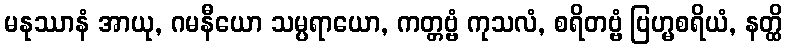
မနုဿာနံ အာယု, ဂမနီယော သမ္ပရာယော, ကတ္တဗ္ဗံ ကုသလံ, စရိတဗ္ဗံ ဗြဟ္မစရိယံ, နတ္ထိ